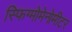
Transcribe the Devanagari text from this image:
स्फिग्मोमेनोमीटर